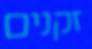
זקנים